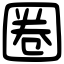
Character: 圈